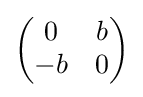
{\begin{pmatrix}0&b\\-b&0\end{pmatrix}}